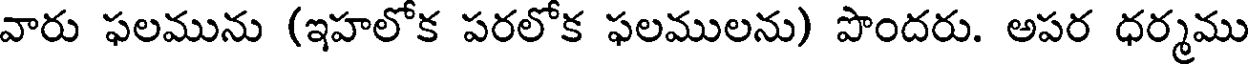
వారు ఫలమును (ఇహలోక పరలోక ఫలములను) పొందరు. అపర ధర్మము